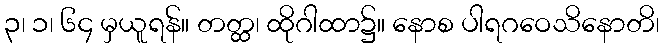
၃၊ ၁၊ ၆၄ မှယူရန်။ တတ္ထ၊ ထိုဂါထာ၌။ နောစ ပါရဂဝေသိနောတိ၊